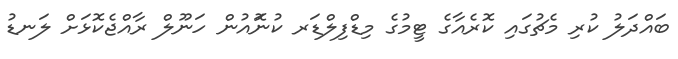
ބައްދަލު ކުރި މެޗުގައި ކޮރެއާގެ ޓީމުގެ މިޑްފިލްޑަރ ކުނޮައުން ހަނޫލް ރާއްޖެކޮޅަށް ލަނޑު